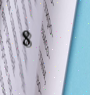
8